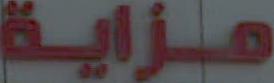
مزاية